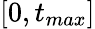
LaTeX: [0,t_{max}]